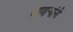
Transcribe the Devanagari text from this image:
जाणार्‍यांनी